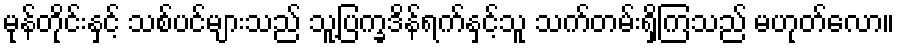
မုန်တိုင်းနှင့် သစ်ပင်များသည် သူ့ပြက္ခဒိန်ရက်နှင့်သူ သက်တမ်းရှိကြသည် မဟုတ်လော။